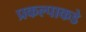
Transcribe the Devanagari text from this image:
प्रकल्पाकडे